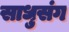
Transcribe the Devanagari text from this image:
साधुसंग